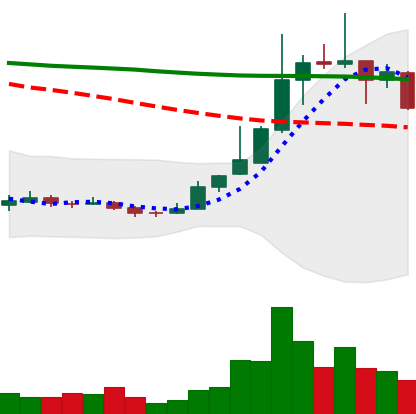
Ticker: TRX-USD
Chart end date: 2018-12-27
Forward return: 5.804%
Label: up_5_7